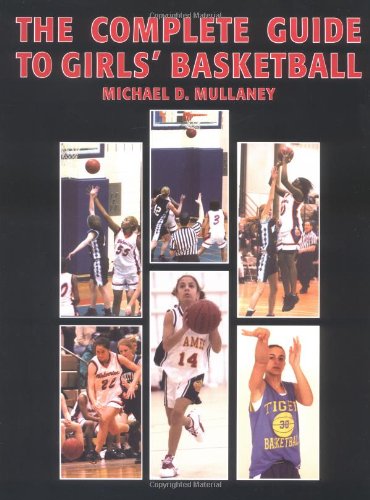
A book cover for The Complete Guide to Girls' Basketball; Michael D. Mullaney; Sports & Outdoors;